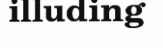
illuding